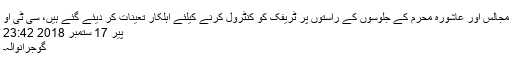
مجالس اور عاشورہ محرم کے جلوسوں کے راستوں پر ٹریفک کو کنٹرول کرنے کیلئے اہلکار تعینات کر دیئے گئے ہیں، سی ٹی او
پیر 17 ستمبر 2018 23:42
گوجرانوالہ۔